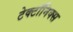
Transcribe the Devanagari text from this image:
टेक्टॉनिक्स